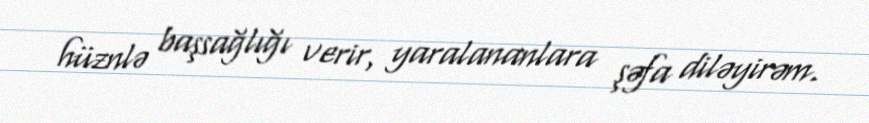
hüznlə başsağlığı verir, yaralananlara şəfa diləyirəm.